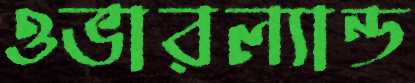
ওভারল্যান্ড